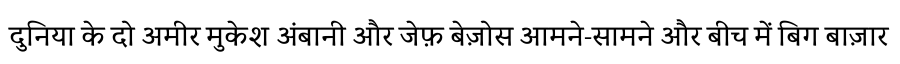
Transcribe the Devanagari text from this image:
दुनिया के दो अमीर मुकेश अंबानी और जेफ़ बेज़ोस आमने-सामने और बीच में बिग बाज़ार